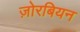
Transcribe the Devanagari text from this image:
ज़ोरबियन